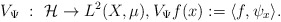
\begin{align*} V_\Psi~:~ \mathcal H \rightarrow L^2(X,\mu),V_\Psi f(x):= \langle f, \psi_x \rangle. \end{align*}